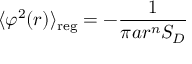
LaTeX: \langle \varphi ^ { 2 } ( r ) \rangle _ { \mathrm { r e g } } = - \frac { 1 } { \pi a r ^ { n } S _ { D } }